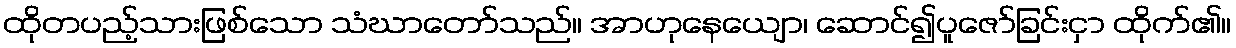
ထိုတပည့်သားဖြစ်သော သံဃာတော်သည်။ အာဟုနေယျော၊ ဆောင်၍ပူဇော်ခြင်းငှာ ထိုက်၏။